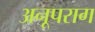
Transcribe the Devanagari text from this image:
अनूपराग